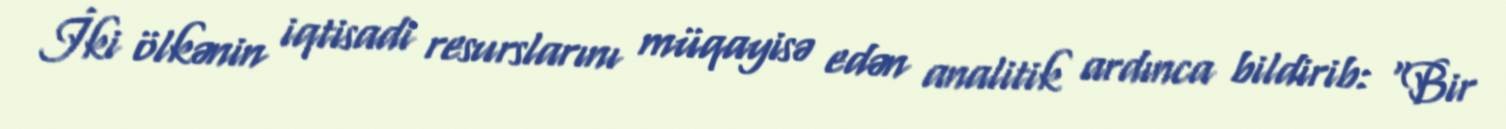
İki ölkənin iqtisadi resurslarını müqayisə edən analitik ardınca bildirib: “Bir